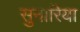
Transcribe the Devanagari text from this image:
सुनारिया